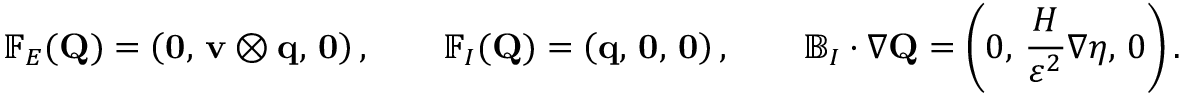
\mathbb { F } _ { E } ( \mathbf { Q } ) = \left( \mathbf { 0 } , \, \mathbf { v } \otimes \mathbf { q } , \, \mathbf { 0 } \right) , \qquad \mathbb { F } _ { I } ( \mathbf { Q } ) = \left( \mathbf { q } , \, \mathbf { 0 } , \, \mathbf { 0 } \right) , \qquad \mathbb { B } _ { I } \cdot \nabla \mathbf { Q } = \left( 0 , \, \frac { H } { \varepsilon ^ { 2 } } \nabla \eta , \, 0 \right) .